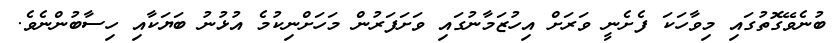
ބުނެވޭގޮތުގައި މިވާހަކަ ފެށެނީ ވަރަށް އިހުޒަމާނުގައި ވަށަފަރުން މަހަށްނިކުމެ އުޅުނު ބަޔަކާއި ހިސާބުންނެވެ.